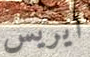
أيريس